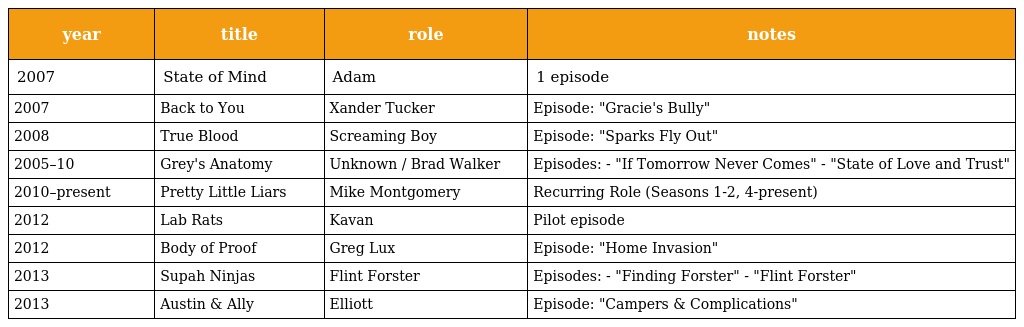
| year | title | role | notes |
 | --- | --- | --- | --- |
 | 2007 | State of Mind | Adam | 1 episode |
 | 2007 | Back to You | Xander Tucker | Episode: "Gracie's Bully" |
 | 2008 | True Blood | Screaming Boy | Episode: "Sparks Fly Out" |
 | 2005–10 | Grey's Anatomy | Unknown / Brad Walker | Episodes: - "If Tomorrow Never Comes" - "State of Love and Trust" |
 | 2010–present | Pretty Little Liars | Mike Montgomery | Recurring Role (Seasons 1-2, 4-present) |
 | 2012 | Lab Rats | Kavan | Pilot episode |
 | 2012 | Body of Proof | Greg Lux | Episode: "Home Invasion" |
 | 2013 | Supah Ninjas | Flint Forster | Episodes: - "Finding Forster" - "Flint Forster" |
 | 2013 | Austin & Ally | Elliott | Episode: "Campers & Complications" |